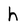
Character: h